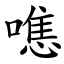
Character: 㗹